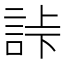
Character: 𧧎